Report of an investigation into the causes of the diseases known in Assam as Kála-Azár and Beri-Beri
Disease focus: Beri-Beri
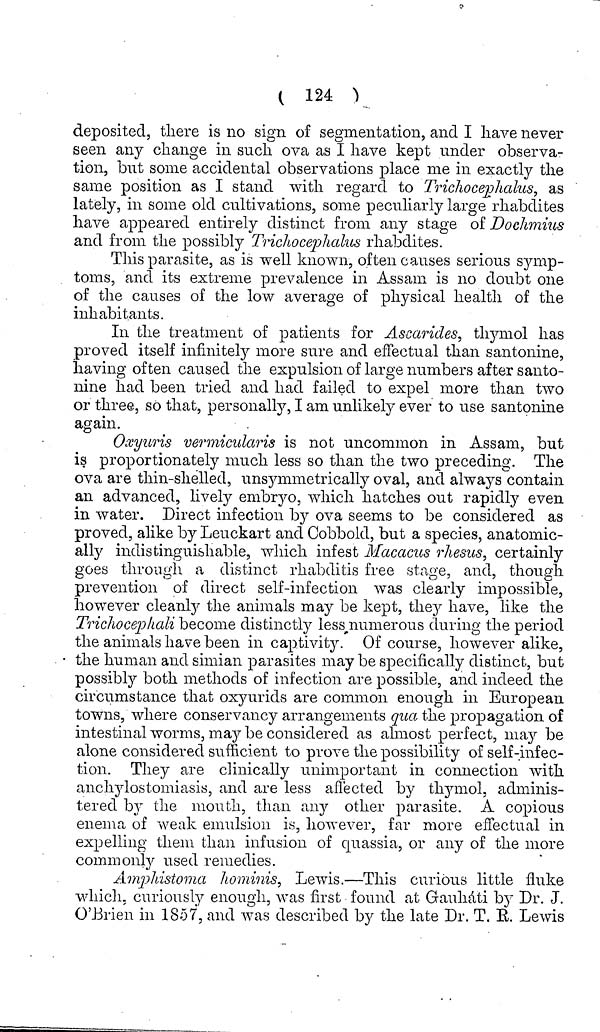
( 124 d
eposited, tliere is no sign of segmentation, and I have never
seen any change in such ova as I have kept under observa-
tion, but some accidental observations place me in exactly the
same position as I stand with regard to Triclwceplialus, as
lately, in some old cultivations, some peculiarly large rhabdites
have appeared entirely distinct from any stage of Dochmius
and from the possibly Tricliocephalus rhabdites.
This parasite, as is well known, often causes serious symp-
toms, and its extreme prevalence in Assam is no doubt one
of the causes of the low average of physical health of the
inhabitants.
In the treatment of patients for Ascarides, thymol has
proved itself infinitely more sure and effectual than santonine,
having often caused the expulsion of large numbers after santo-
nine had been tried and had failed to expel more than two
or three, so that, personally, I am unlikely ever to use santonine
again.
OxyuTis vermicularis is not uncommon in Assam, but
is proportionately much less so than the two preceding. The
ova are thin-shelled, unsymmetrically oval, and always contain
an advanced, lively embryo, which hatches out rapidly even
in water. Direct infection hy ova seems to be considered as
proved, alike by Leuckart and Cobbold, but a species, anatomic-
ally indistinguishable, which infest Macacus rhesus, certainly
goes throngli a distinct rhabditis free stage, and, though
prevention of direct self-infection was clearly impossible,
however cleanly the animals may be kept, they have, like the
Tricliocepkali become distinctly less^numerous during the period
the animals have been in captivity. Of course, however alike,
the human and simian parasites maybe specifically distinct, but
possibly both methods of infection are possible, and indeed the
circumstance that oxyurids are common enough in European
towns, where conservancy arrangements qua the propagation of
intestinal worms, may be considered as almost perfect, may be
alone considered sufficient to prove the possibility of self-infec-
tion. They are clinically unimportant in connection with
anchylostomiasis, and are less affected by thymol, adminis-
tered by the mouth, than any other parasite. A copious
enema of weak emulsion is, however, far more effectual in
expelling them than infusion of quassia, or any of the more
commonly used remedies.
Ampldstoma hominis, Lewis.—This curious little fluke
which, curiouslv enough was first found at Gauhati by Dr. J.
'
*'
O '
«/
O'Brien in 1857, and was described by the late Dr. T. E. Lewis